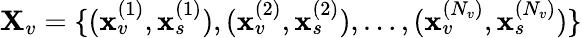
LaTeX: {\mathbf X}_{v}=\{ ({\mathbf x}_{v}^{(1)},{\mathbf x}_{s}^{(1)}),({\mathbf x}_{v}^{(2)},{\mathbf x}_{s}^{(2)}),\dots,({\mathbf x}_{v}^{(N_{v})},{\mathbf x}_{s}^{(N_{v})})\}